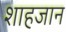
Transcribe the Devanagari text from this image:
शाहजान